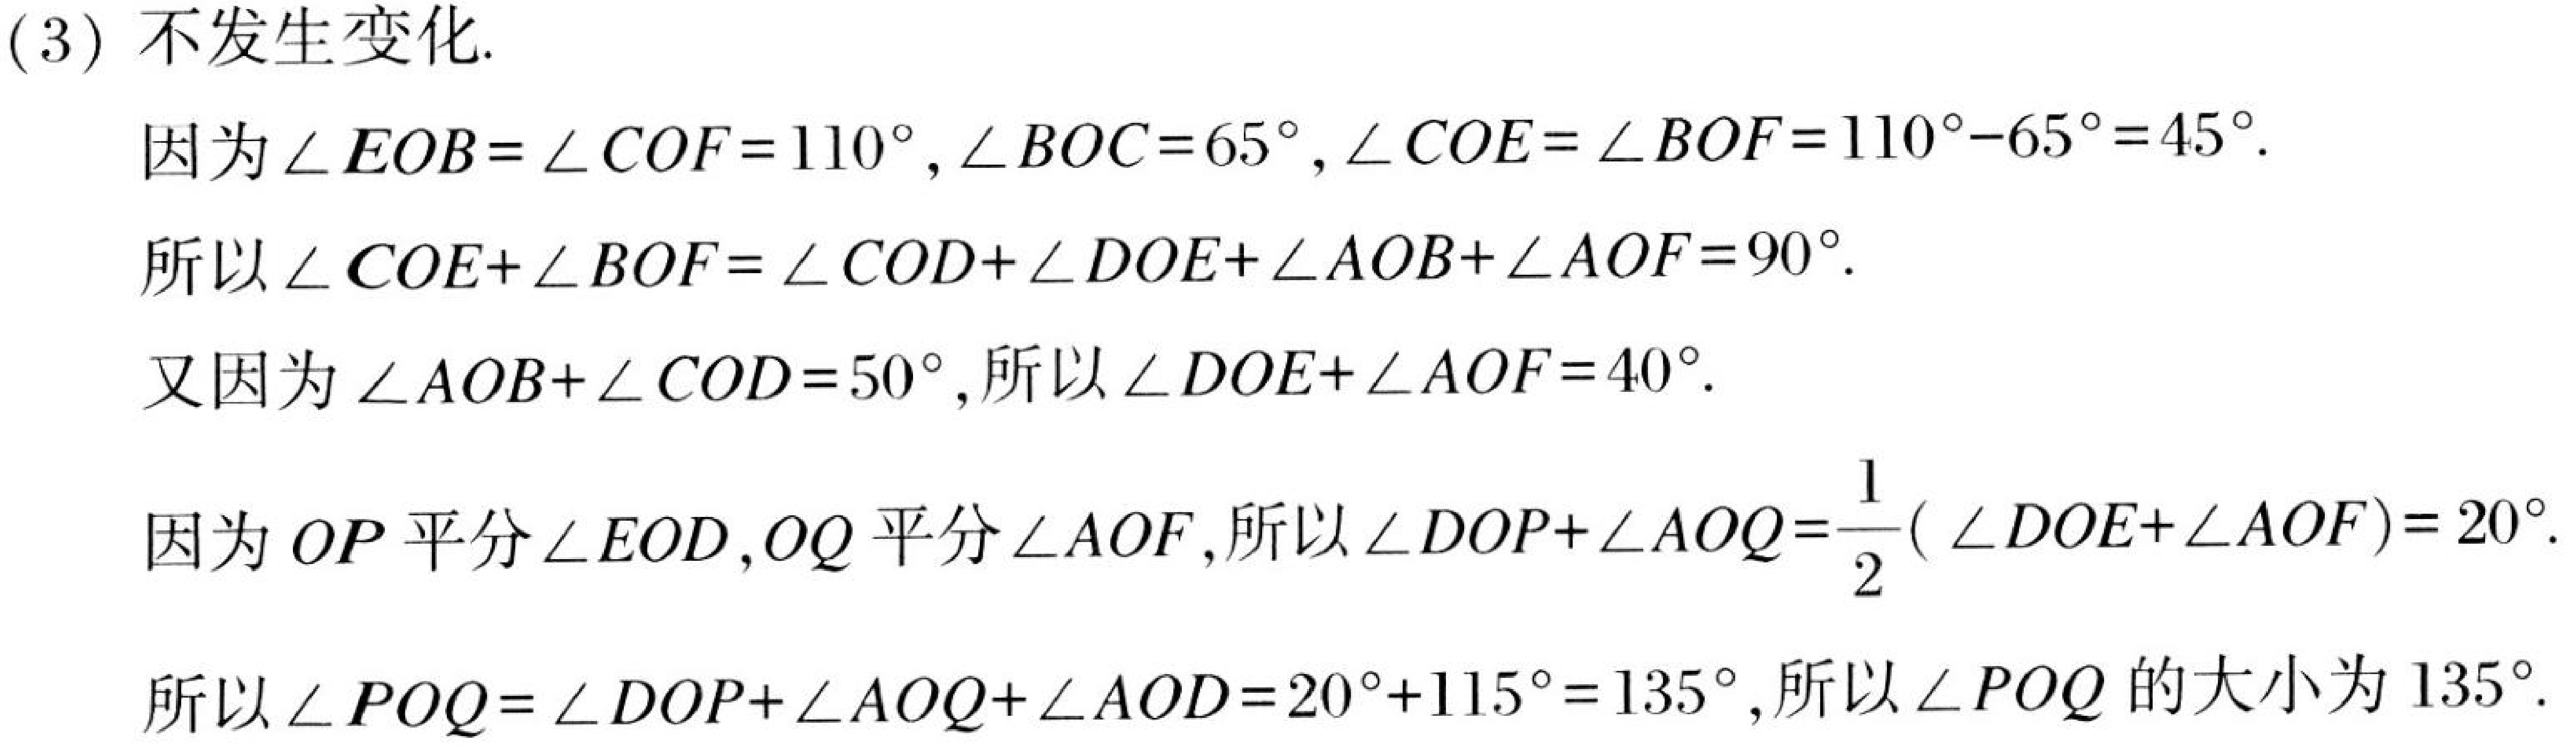
(3) 不发生变化.
因为\(\angle EOB = \angle COF = 110^{\circ},\angle BOC = 65^{\circ},\angle COE=\angle BOF = 110^{\circ}-65^{\circ}=45^{\circ}\).
所以\(\angle COE+\angle BOF=\angle COD+\angle DOE+\angle AOB+\angle AOF = 90^{\circ}\).
又因为\(\angle AOB+\angle COD = 50^{\circ}\), 所以\(\angle DOE+\angle AOF = 40^{\circ}\).
因为\(OP\)平分\(\angle EOD\), \(OQ\)平分\(\angle AOF\), 所以\(\angle DOP+\angle AOQ=\dfrac{1}{2}(\angle DOE+\angle AOF)=20^{\circ}\).
所以\(\angle POQ=\angle DOP+\angle AOQ+\angle AOD = 20^{\circ}+115^{\circ}=135^{\circ}\), 所以\(\angle POQ\)的大小为\(135^{\circ}\).